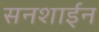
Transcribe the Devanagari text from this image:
सनशाईन